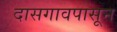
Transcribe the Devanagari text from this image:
दासगावपासून